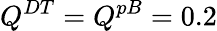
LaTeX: Q^{DT}=Q^{pB}=0.2